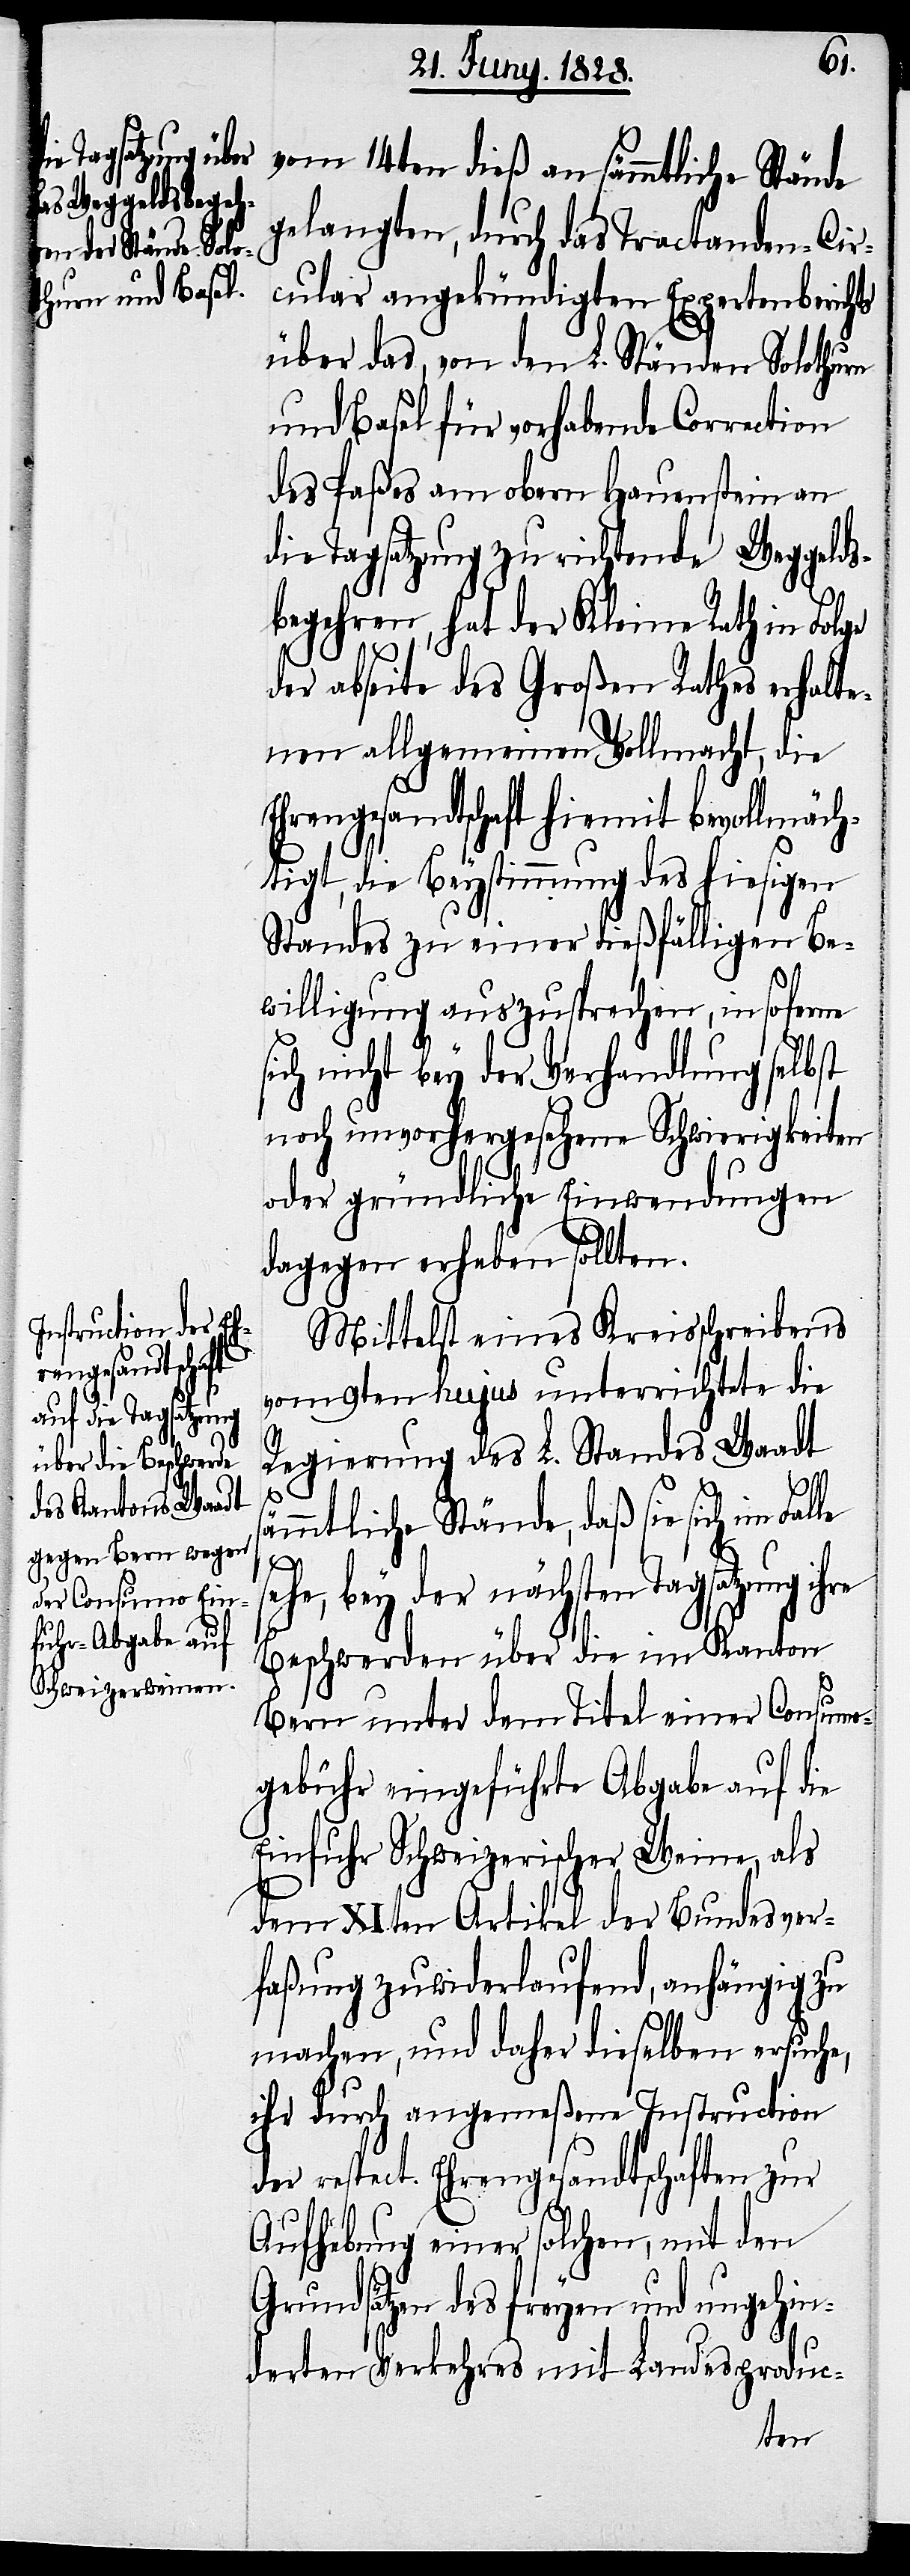
s¬
vom 14ten dieß an sämmtliche Stände
gelangte, durch das Tractanden-Cir¬
cular angekündigten Expertenberichts
über das, von den L. Ständen Solothurn
und Basel für vorhabende Correction
des Paßes am obern Hauenstein an
die Tagsatzung zu richtende Weggelds¬
begehren, hat der Kleine Rath in Folge
der abseite des Großen Rathes erhalte¬
nen allgemeinen Vollmacht, die
Ehrengesandtschaft hiemit bevollmäch¬
tigt, die Beystimmung des hiesigen
Standes zu einer dießfälligen Be¬
willigung auszusprechen, insoferne
ich nicht bey der Verhandlung selbst
noch unvorhergesehene Schwierigkeiten
oder gründliche Einwendungen
dagegen erheben sollten.
Mittelst eines Kreisschreibens
vom 9ten hujus unterrichtete die
Regierung des L. Standes Waadt
le
ämmtliche Stände, daß sie sich im Fal¬
ehe, bey der nächsten Tagsatzung
Beschwerden über die im Kanton
Bern unter dem Titel einer Consumo¬
gebühr eingeführte Abgabe auf die
Einfuhr Schweizerischer Weine, als
dem XIten Artikel der Bundesver¬
faßung zuwiderlaufend, anhängig zu
machen, und daher dieselben ersuche,
ihr durch angemeßene Instruction
der respect. Ehrengesandtschaften zur
Aufhebung einer solchen, mit den
Grundsätzen des freyen und ungehin¬
derten Verkehres mit Landesproduc-